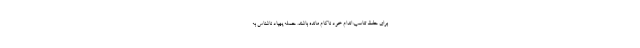
برای حفظ تناسب اندام خود ناکام مانده باشند. حمله پهپاد ناشناس به